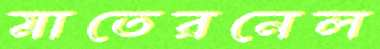
মাতেরনেল